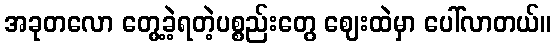
အခုတလော တွေ့ခဲ့ရတဲ့ပစ္စည်းတွေ ဈေးထဲမှာ ပေါ်လာတယ်။